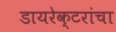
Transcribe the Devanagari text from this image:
डायरेक्टरांचा